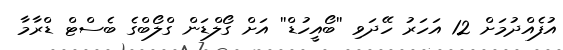
އުފެއްދުމަށް 12 އަހަރު ހޭދަވި ''ބޯއީހުޑް'' އަށް ގޯލްޑަން ގްލޯބްގެ ބެސްޓް ޑްރާމާ